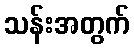
သန်းအတွက်